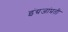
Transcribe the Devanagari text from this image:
इंग्रजांप्रती